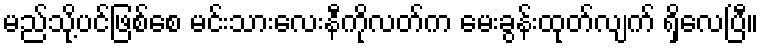
မည်သို့ပင်ဖြစ်စေ မင်းသားလေးနီကိုလတ်က မေးခွန်းထုတ်လျက် ရှိလေပြီ။